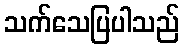
သက်သေပြပါသည်